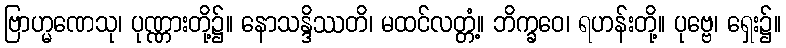
ဗြာဟ္မဏေသု၊ ပုဏ္ဏားတို့၌။ နောသန္ဒိဿတိ၊ မထင်လတ္တံ့။ ဘိက္ခဝေ၊ ရဟန်းတို့။ ပုဗ္ဗေ၊ ရှေး၌။